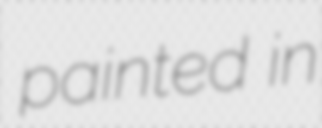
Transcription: painted in